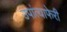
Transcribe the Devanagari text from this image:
उपांत्याफेरी